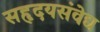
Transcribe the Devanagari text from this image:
सहृदयसंवेद्य